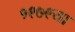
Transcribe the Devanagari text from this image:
१९७९या